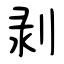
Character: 剥